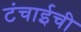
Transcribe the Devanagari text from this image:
टंचाईची